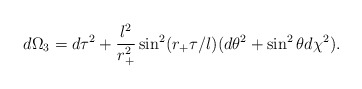
\begin{align*} d\Omega_3=d\tau^2 +\frac{l^2}{r_+^2}\sin^2(r_+\tau/l)(d\theta^2+\sin^2\theta d\chi^2).\end{align*}